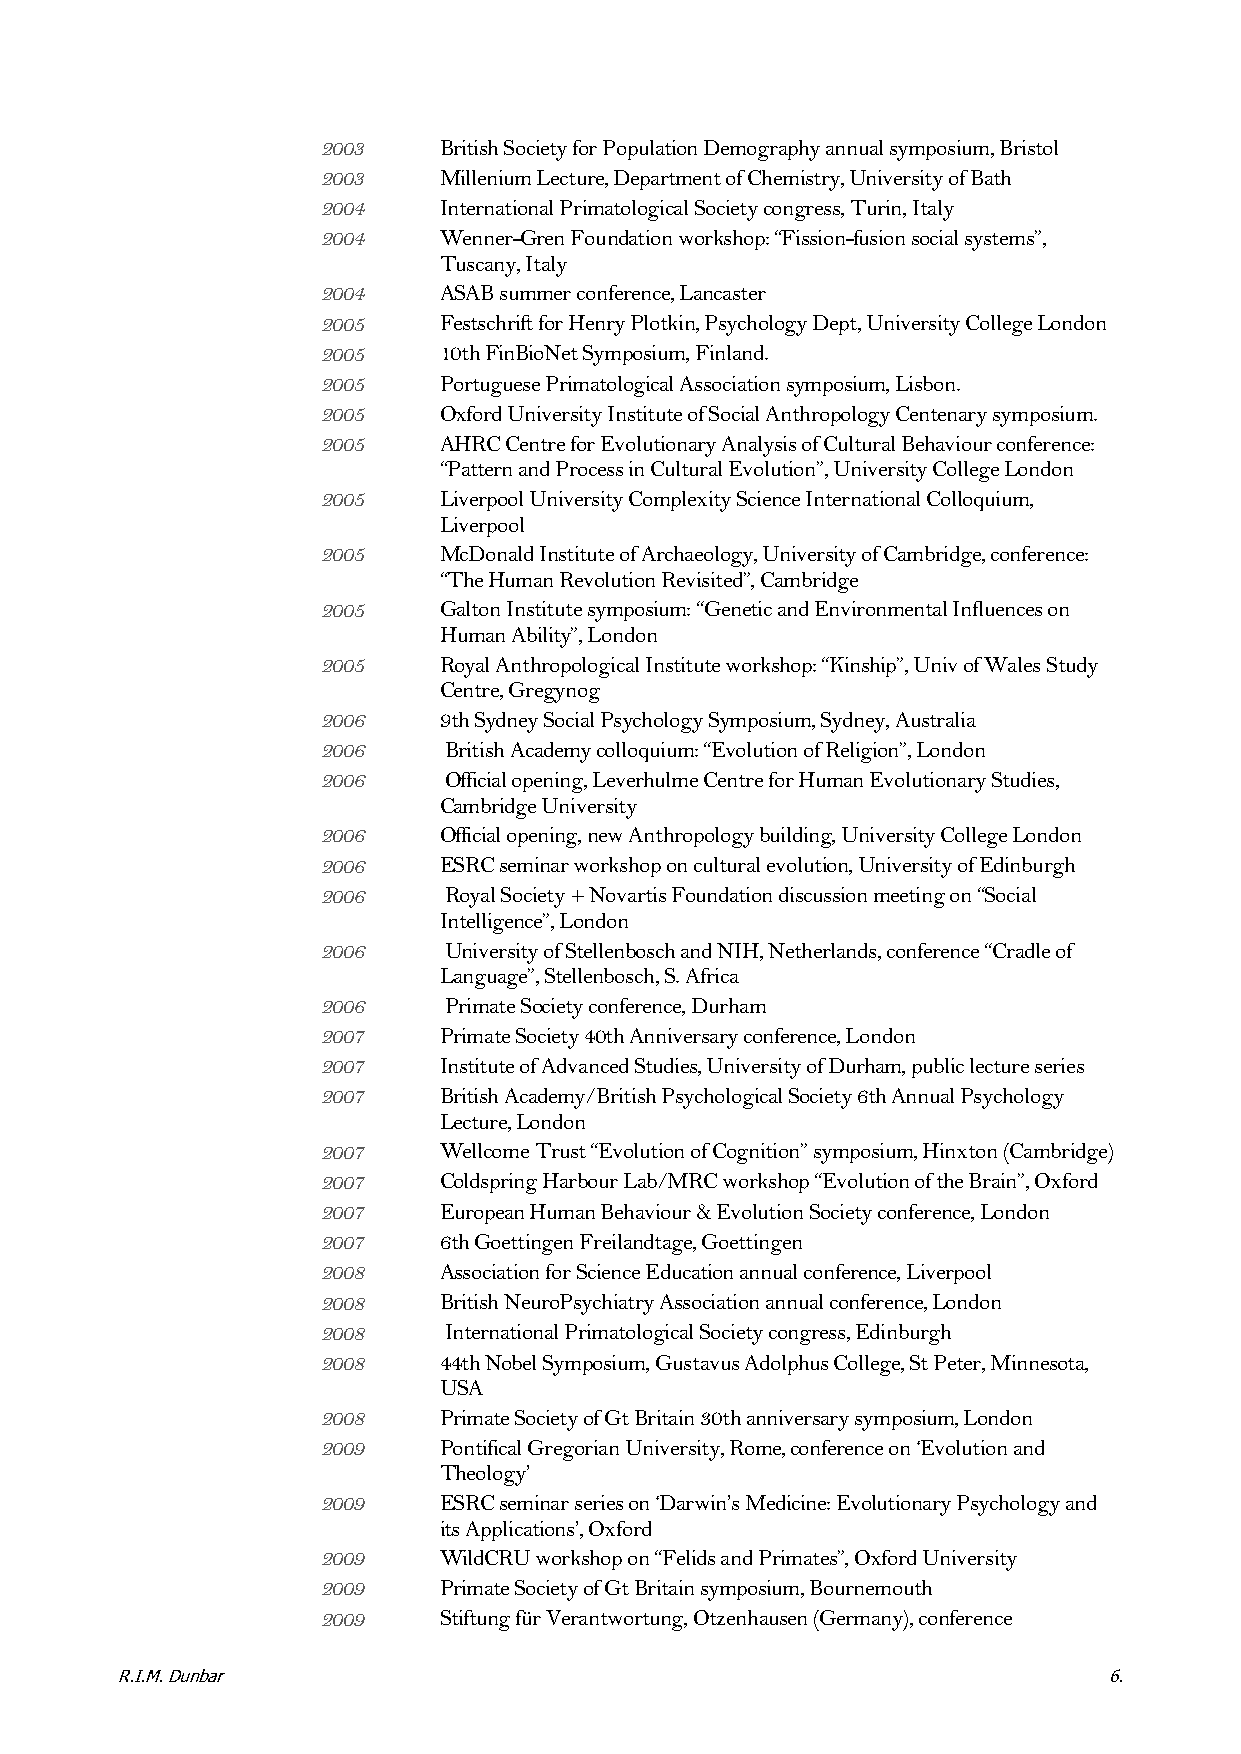
2003    British Society for Population Demography annual symposium, Bristol
 2003    Millenium Lecture, Department of Chemistry, University of Bath
 2004    International Primatological Society congress, Turin, Italy
 2004    Wenner-Gren Foundation workshop: “Fission-fusion social systems”,
 Tuscany, Italy
 2004    ASAB summer conference, Lancaster
 2005    Festschrift for Henry Plotkin, Psychology Dept, University College London
 2005    10th FinBioNet Symposium, Finland.
 2005    Portuguese Primatological Association symposium, Lisbon.
 2005    Oxford University Institute of Social Anthropology Centenary symposium.
 2005    AHRC Centre for Evolutionary Analysis of Cultural Behaviour conference:
 “Pattern and Process in Cultural Evolution”, University College London
 2005    Liverpool University Complexity Science International Colloquium,
 Liverpool
 2005    McDonald Institute of Archaeology, University of Cambridge, conference:
 “The Human Revolution Revisited”, Cambridge
 2005    Galton Institute symposium: “Genetic and Environmental Influences on
 Human Ability”, London
 2005    Royal Anthropological Institute workshop: “Kinship”, Univ of Wales Study
 Centre, Gregynog
 2006    9th Sydney Social Psychology Symposium, Sydney, Australia
 2006    British Academy colloquium: “Evolution of Religion”, London
 2006    Official opening, Leverhulme Centre for Human Evolutionary Studies,
 Cambridge University
 2006    Official opening, new Anthropology building, University College London
 2006    ESRC seminar workshop on cultural evolution, University of Edinburgh
 2006    Royal Society + Novartis Foundation discussion meeting on “Social
 Intelligence”, London
 2006    University of Stellenbosch and NIH, Netherlands, conference “Cradle of
 Language”, Stellenbosch, S. Africa
 2006    Primate Society conference, Durham
 2007    Primate Society 40th Anniversary conference, London
 2007    Institute of Advanced Studies, University of Durham, public lecture series
 2007    British Academy/British Psychological Society 6th Annual Psychology
 Lecture, London
 2007    Wellcome Trust “Evolution of Cognition” symposium, Hinxton (Cambridge)
 2007    Coldspring Harbour Lab/MRC workshop “Evolution of the Brain”, Oxford
 2007    European Human Behaviour & Evolution Society conference, London
 2007    6th Goettingen Freilandtage, Goettingen
 2008    Association for Science Education annual conference, Liverpool
 2008    British NeuroPsychiatry Association annual conference, London
 2008    International Primatological Society congress, Edinburgh
 2008    44th Nobel Symposium, Gustavus Adolphus College, St Peter, Minnesota,
 USA
 2008    Primate Society of Gt Britain 30th anniversary symposium, London
 2009    Pontifical Gregorian University, Rome, conference on ‘Evolution and
 Theology’
 2009    ESRC seminar series on ‘Darwin’s Medicine: Evolutionary Psychology and
 its Applications’, Oxford
 2009    WildCRU workshop on “Felids and Primates”, Oxford University
 2009    Primate Society of Gt Britain symposium, Bournemouth
 2009    Stiftung für Verantwortung, Otzenhausen (Germany), conference
 R.I.M. Dunbar                                                    6.